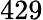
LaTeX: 429